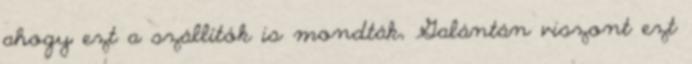
ahogy ezt a szállítók is mondták, Galántán viszont ezt